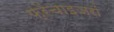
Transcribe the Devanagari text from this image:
फ़्रेंचाइज़रों